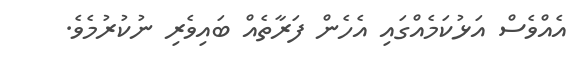
އެއްވެސް އަޅުކަމެއްގައި އެހެން ފަރާތެއް ބައިވެރި ނުކުރުމެވެ.